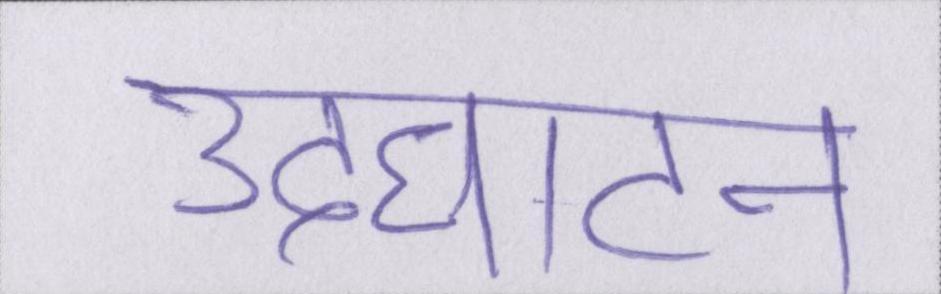
उदघाटन